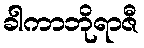
ခါကာဘိုရာဇီ